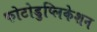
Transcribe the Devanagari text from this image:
फोटोडुप्लिकेशन